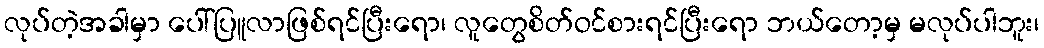
လုပ်တဲ့အခါမှာ ပေါ်ပြူလာဖြစ်ရင်ပြီးရော၊ လူတွေစိတ်ဝင်စားရင်ပြီးရော ဘယ်တော့မှ မလုပ်ပါဘူး၊